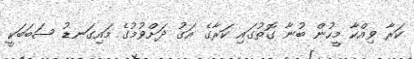
ކަރާ ވިއްކާ މީހުން ބުނާ ގޮތުގައި ކަރާގެ އަގު ދަަށްވުމުގެ މައިގަނޑު ސަބަބަކީ